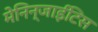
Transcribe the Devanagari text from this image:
मेनिन्जाईटिस